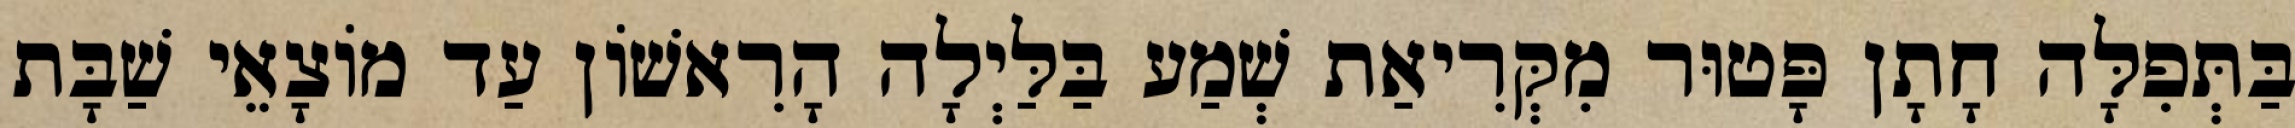
בַּתְּפִלָּה חָתָן פָּטוּר מִקְּרִיאַת שְׁמַע בַּלַּיְלָה הָרִאשׁוֹן עַד מוֹצָאֵי שַׁבָּת